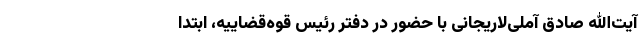
آیت‌الله صادق آملی‌لاریجانی با حضور در دفتر رئیس قوه‌قضاییه، ابتدا